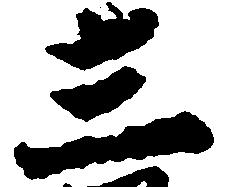
三